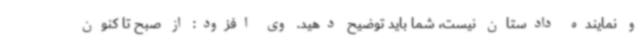
و نماینده دادستان نیست، شما باید توضیح دهید. وی افزود: از صبح تا کنون